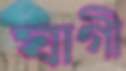
ঘাগী